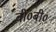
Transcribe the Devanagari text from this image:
वी०बी०